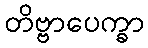
တိဗ္ဗာပေက္ခာ